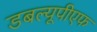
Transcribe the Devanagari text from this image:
डबल्यूपीएफ